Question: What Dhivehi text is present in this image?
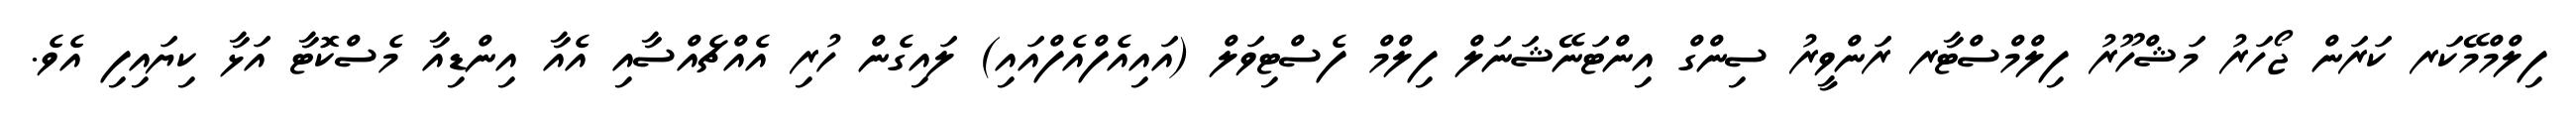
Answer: ފިލްމްމޭކަރ ކަރަން ޖޯހަރު މަޝްހޫރު ފިލްމްސްޓާރ ރަންވީރު ސިންގް އިންޓަނޭޝަނަލް ފިލްމް ފެސްޓިވަލް (އައިއެފްއެފްއައި) ލައިގެން ހުރި އެއްޗެއްސާއި އެއާ އިންޑިއާ މެސްކޮޓާ އަޅާ ކިޔައިފި އެވެ.